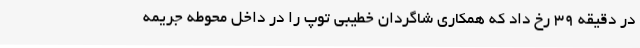
در دقیقه ۳۹ رخ داد که همکاری شاگردان خطیبی توپ را در داخل محوطه جریمه